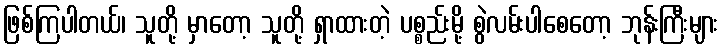
ဖြစ်ကြပါတယ်၊ သူတို့ မှာတော့ သူတို့ ရှာထားတဲ့ ပစ္စည်းမို့ စွဲလမ်းပါစေတော့ ဘုန်းကြီးများ